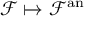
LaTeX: { \mathcal { F } } \mapsto { \mathcal { F } } ^ { \mathrm { a n } }